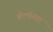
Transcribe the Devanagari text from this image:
बॅटमॅनवर